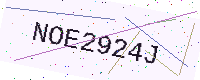
Text: NOE2924J